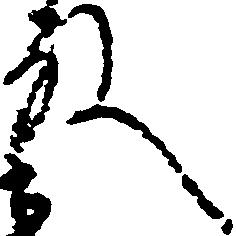
殿